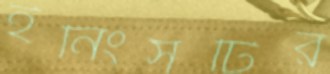
ইনিংসটির